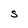
Character: S